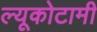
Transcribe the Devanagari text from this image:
ल्यूकोटामी